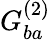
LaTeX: G_{ba}^{(2)}